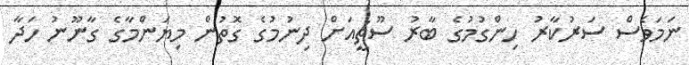
ނަމަވެސް ސަރުކާރު ހިންގުުމުގެ ބާރު ސޫޗީއަށް ދިނުމުގެ ގޮތުން މިޔަންމާގެ ގާނޫނު ހަދާ